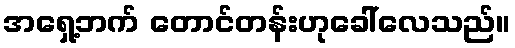
အရှေ့ဘက် တောင်တန်းဟုခေါ်လေသည်။